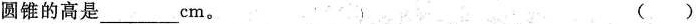
圆锥的高是___cm。( )